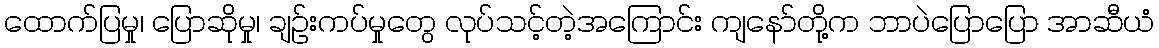
ထောက်ပြမှု၊ ပြောဆိုမှု၊ ချဉ်းကပ်မှုတွေ လုပ်သင့်တဲ့အကြောင်း ကျနော်တို့က ဘာပဲပြောပြော အာဆီယံ